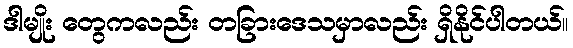
ဒါမျိုး တွေကလည်း တခြားဒေသမှာလည်း ရှိနိုင်ပါတယ်။